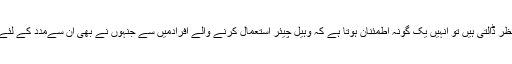
35 سال کی طویل مدت کے بعد اب نسیمہ جب HOHKکی ترقی پر نظر ڈالتی ہیں تو انہیں یک گونہ اطمئنان ہوتا ہے کہ وہیل چیئر استعمال کرنے والے افرادمیں سے جنہوں نے بھی ان سےمدد کے لئے رابطہ کیا ا ن کی زندگی میں بہتری لانے کے لئے انہوں نے کام کیا۔